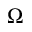
\boldsymbol { \Omega }